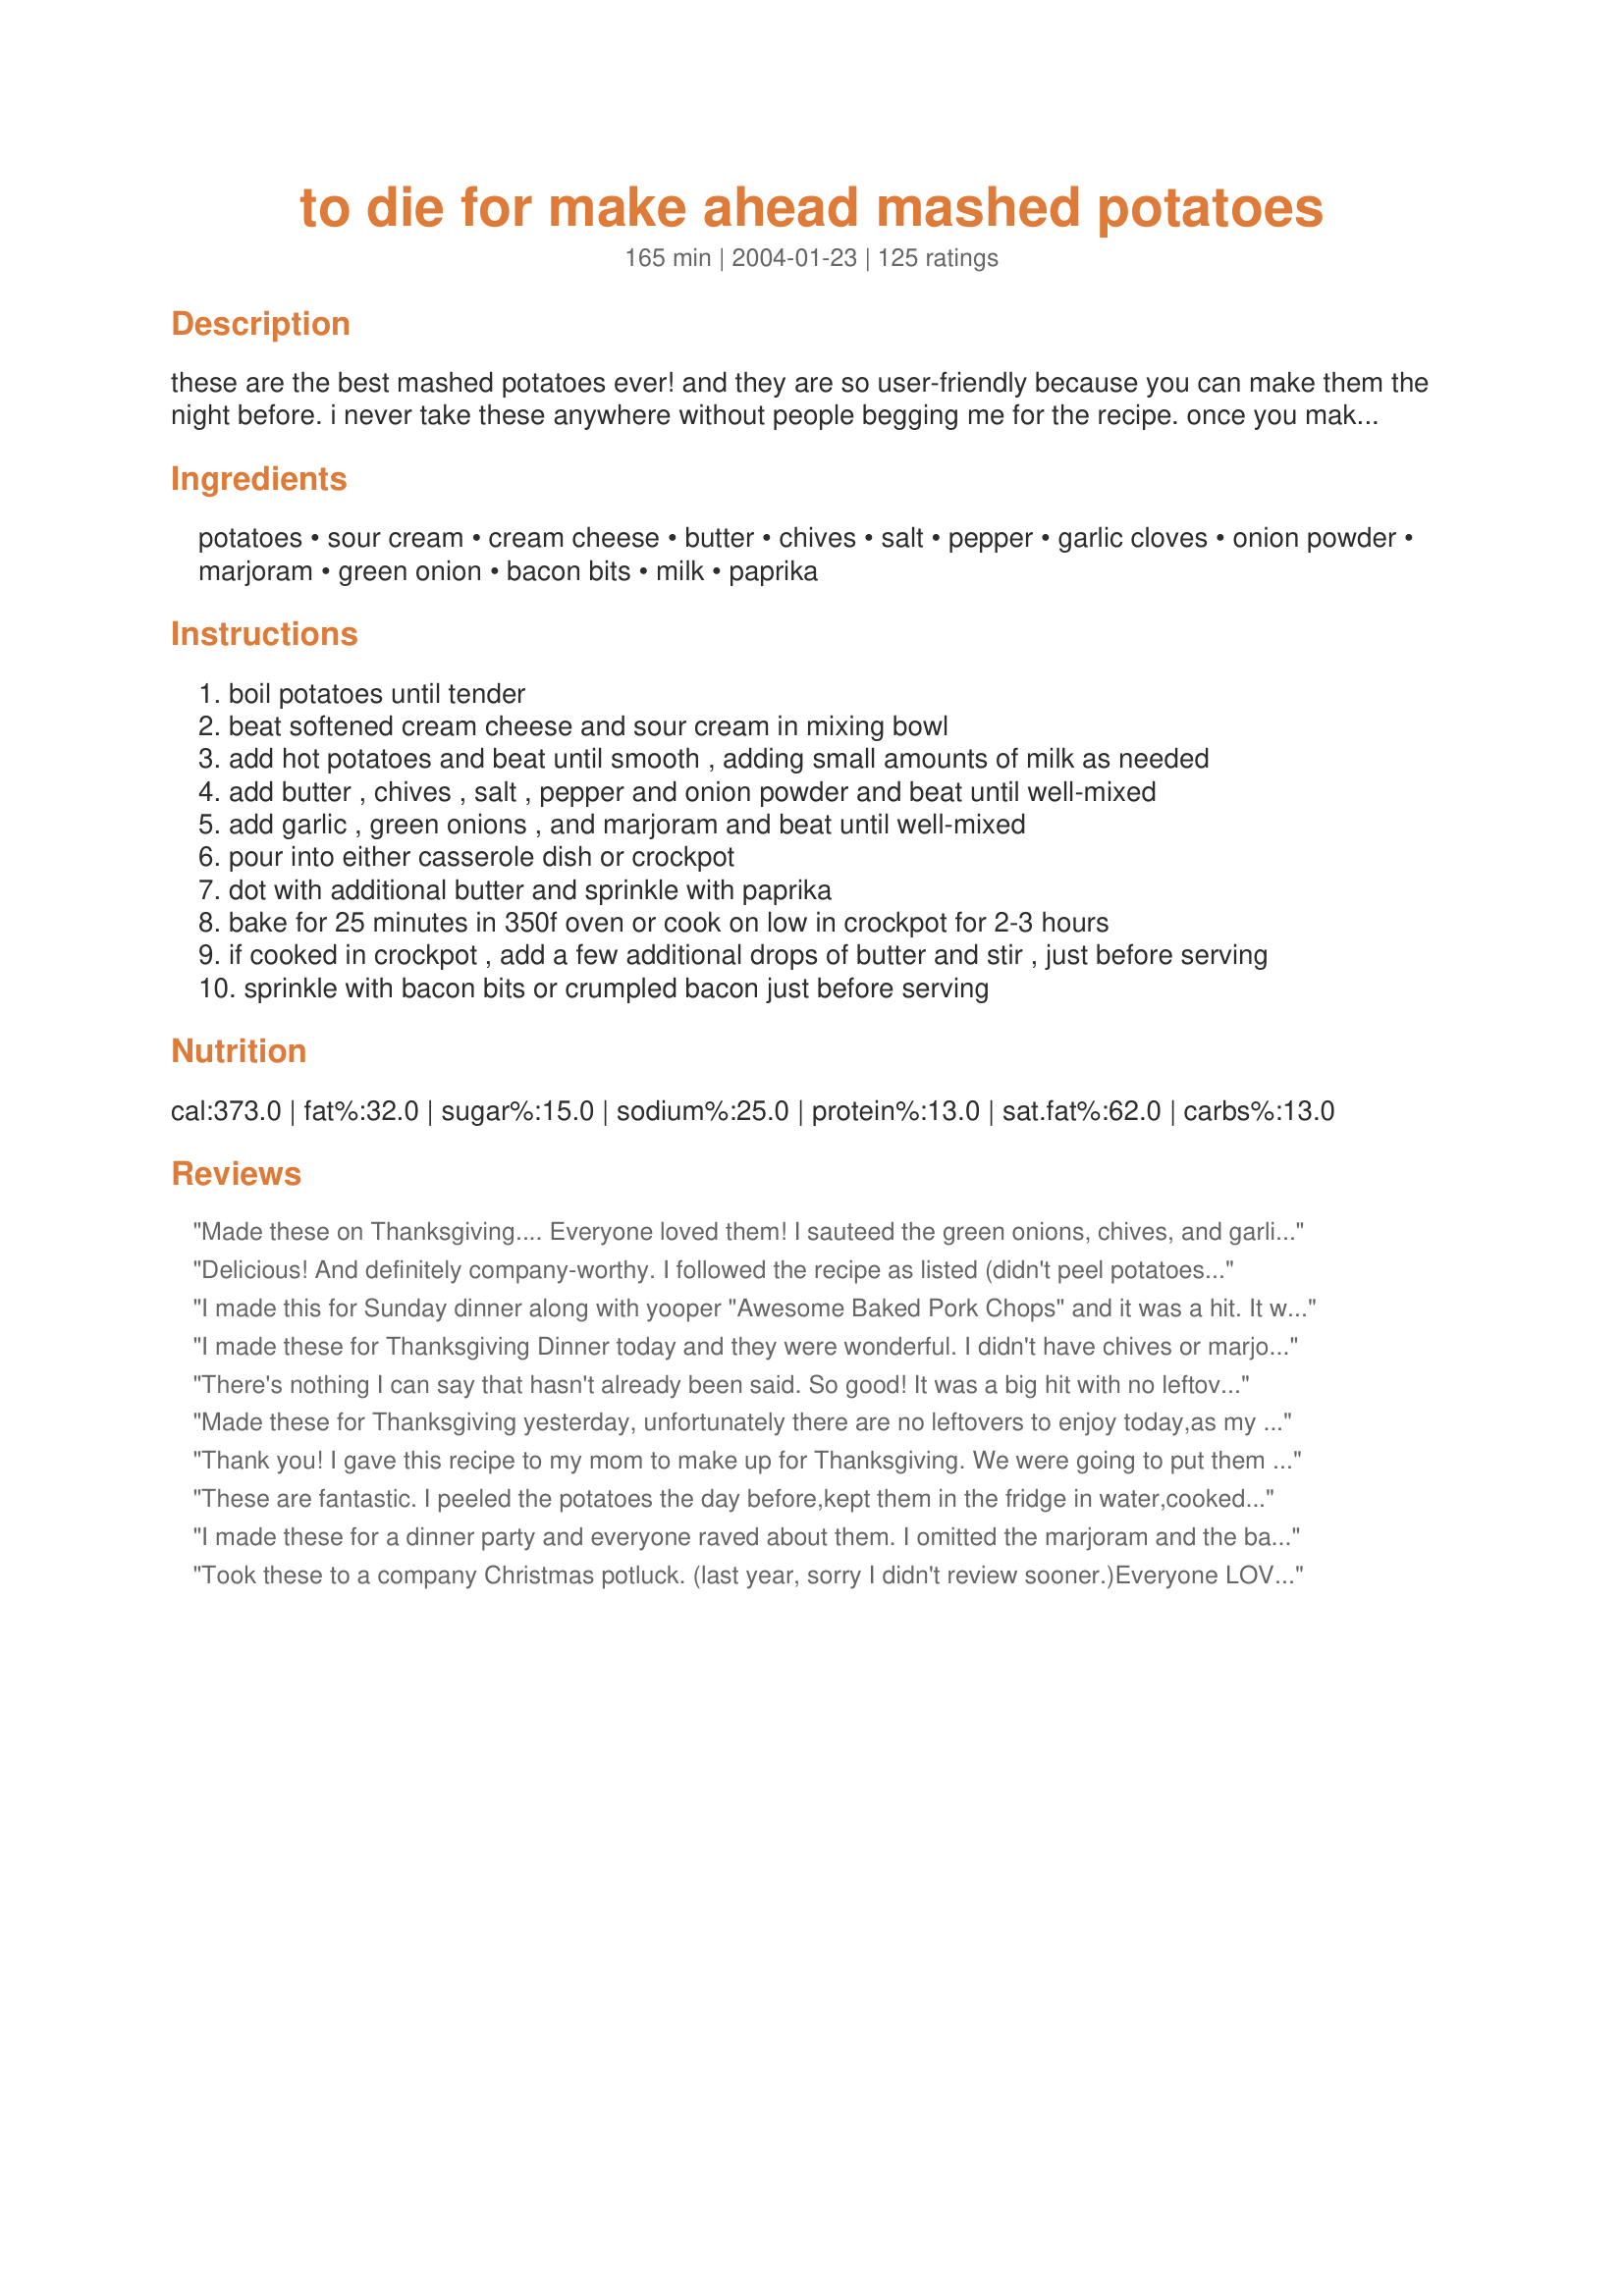
to die for make ahead mashed potatoes
Preparation time: 165 minutes

these are the best mashed potatoes ever! and they are so user-friendly because you can make them the night before. i never take these anywhere without people begging me for the recipe. once you make these, you will never want to make them any other way. also great in twice-baked potatoes. and, if you need really easy, buy pre-cooked mashed potatoes, add from these ingredients, stir, and re-heat in microwave. tastes almost as good as home-made! my favorite way to cook these are in the crockpot! edit: please note that i have always cooked these in the crockpot and have never baked them; i have gotten new feedback that they taste far better if cooked in the crockpot, so this is now my only recommendation for cooking source.

Ingredients:
potatoes, sour cream, cream cheese, butter, chives, salt, pepper, garlic cloves, onion powder, marjoram, green onion, bacon bits, milk, paprika

Steps:
boil potatoes until tender
beat softened cream cheese and sour cream in mixing bowl
add hot potatoes and beat until smooth , adding small amounts of milk as needed
add butter , chives , salt , pepper and onion powder and beat until well-mixed
add garlic , green onions , and marjoram and beat until well-mixed
pour into either casserole dish or crockpot
dot with additional butter and sprinkle with paprika
bake for 25 minutes in 350f oven or cook on low in crockpot for 2-3 hours
if cooked in crockpot , add a few additional drops of butter and stir , just before serving
sprinkle with bacon bits or crumpled bacon just before serving

Reviews:
Made these on Thanksgiving.... Everyone loved them! I sauteed the green onions, chives, and garlic in a little bit of olive oil before I put them in to the mixture. Will def make again!
Delicious! And definitely company-worthy. I followed the recipe as listed (didn't peel potatoes), minus the marjoram and bacon. They were a hit at Thanksgiving and so easy to make. I did have to add a few extra potatoes at the end because they were a little too creamy at first. I love that they can be made ahead and reheated in a crockpot. I'll be making them again in a few weeks for a potluck at work. Thanks for the recipe!
I made this for Sunday dinner along with yooper "Awesome Baked Pork Chops" and it was a hit. It was so creamy and good. Didn't add the bacon...but wasn't missing it. Thanks Helping Hands.
I made these for Thanksgiving Dinner today and they were wonderful. I didn't have chives or marjoram, and I didn't add the bacon, but followed the recipe exactly. It was so nice not to have the last minute rush of making mashed potatoes to deal with! Thank you for a great recipe.
There's nothing I can say that hasn't already been said. So good!
It was a big hit with no leftovers in sight.
Made these for Thanksgiving yesterday, unfortunately there are no leftovers to enjoy today,as my college kids asked for to go packages, and insisted on taking all of these amazing potatoes.Will definately make these for Xmas, but this time I will double the amount !!LOL
http://bestsmileys.com/lol/17.gif[/img]
Thank you! I gave this recipe to my mom to make up for Thanksgiving. We were going to put them in the oven the next day but ended up putting them in the crockpot. They worked out great. They were creamy and tasty. I think they were on low for about 4 hours and turned out fantastic! Thanks for a wonderful recipe.
These are fantastic. I peeled the potatoes the day before,kept them in the fridge in water,cooked them the following morning mixed them and then kept them in the crock pot,and turned on the crockpot a couple of hrs. before the meal to reheat a bit. I skipped the chives and the bacon. This recipe is placed in my Tried and true cookbook. Thank you so much for a wonderful recipe.
I made these for a dinner party and everyone raved about them. I omitted the marjoram and the bacon, otherwise made as written. I used red potatoes and didn't bother peeling them. I also used roasted garlic rather than raw. The crockpots worked well on low. Thanks for a nice make-ahead recipe!
Took these to a company Christmas potluck. (last year, sorry I didn't review sooner.)Everyone LOVED them. I left out the bacon and served them from the crockpot which I left on warm setting and they were perfect!Since then I have used Boursin soft cheese in place of the cream cheese and just as yummy that way. Thanks for a keeper...
WOW a 10!! We only used a 1/4 cup of the green onion and omitted the chive (our store didn't have them) and we didn't have time for the crock pot but were still perfect tasting. We made a double batch and the kids are begging for the leftovers. We will put this one in our family favorites.
Made these today for Thanksgiving dinner and everyone was asking for the recipe. Made a few modifications to the recipe which turned out in our favor. Omitted chives, green onions, marjoram, and onion powder since the 8 oz of chive cream cheese provided plenty of onion taste. We added another 4 tablespoons of butter to help soften the onion taste and it turned out perfectly. After making the mashed potatoes, we put them into the crock pot with liner and cooked at high for 2.5 hours and low for .5 hours. YUM.
I made this for Thanksgiving this year, it was a hit! Almost everyone (about 30 of us) chose these over the plain mashed. I made a couple changes... left out the bacon and halved the garlic. I fit 5lbs of potatoes in the crock pot and they kind of puffed up as they cooked. Really nice to have a dish that did not need to be prepared during the business of thanksgiving day.

Thanks!!
These are the best and so easy! The whole family loved them, and that's no easy task!!
Thank you, Thank you, Thank you! This is a life saver recipe. I had a holiday lunch at work this past Monday and since I live about 30 mins away from my office, I needed something that I could keep warm in a crockpot. I made these mashed potatoes the night before omitting the marjoram, bacon and paprika and put it the fridge. The next morning I took my crockpot to work and plugged it in. Right before serving I placed some butter on top, stirred it and added it to the buffet table. Everyone loved it! Thank you for making me look so good.
Absolutely delicious, thanks for sharing it. Like most cooks, I "fiddled" with it. Used half plain cream cheese and half garlic/herb, both fat free. I also added the salt while cooking the potatoes rather than after. I omitted the garlic, green onions and bacon. I added about 1/4 cup hot milk and another knob of butter before stirring and serving. Still got a thumbs up from the whole family. I also used one of those crock pot liners to make an even easier clean up. My other make ahead potato recipes have now been discarded. This is a keeper.
These are delicious but I changed the recipe slightly. I sliced the top off of a head of garlic and drizzled it with olive oil and roasted in the oven then added that to the potatoes instead of raw minced garlic. Yum.
These potatoes tasted very good. The slow cooker did a nice job of keeping the potatoes hot but it seemed to me that they also dried out a little too much. Next time I will add more milk to the mixture. I used a ricer to mash the potatoes.
Oh these were yummy. I made these for a dinner party as I wanted dishes I could prepare ahead of time. I couldn't leave these alone as they were cooking. My mom even asked what I put in them. I would only make these for special occasions since it involves a fat, but oh what a treat.
So easy to put together, and so delicious! I cooked the potatoes, mixed everything together, stuck it in the fridge, and put it in my crockpot the next day. Everyone raved! I'll definitely be making these again, but want to try that pinch of marjoram next time. Thanks for posting, Helping Hands!
Do these need gravy?
I make these at least twice a year, the only thing I do different is instead of cream cheese I add Boursin cheese. Makes wonderful leftovers....... we like to fry them up into potato cakes.
Very good! Nice and creamy!!
Tripled the recipe & took them to work's Thanksgiving dinner. They were an unabashed success. Made the night before. Crockpot on high all morning to warm up these almost 10 pounds of potatoes plus all the other good stuff. Passed out several copies of the recipe.
These are fabulous! I used Yukon gold potatoes so I didn't have to peel them and the skins blended in. Then just tossed in the crockpot until ready to serve. This was so easy and I've gotten so may rave reviews- Thanks!
I made this for the family for christmas eve dinner and everybody loved them. I was looking forward to the leftovers but ended up being disappointed when the bowl became empty. I will definetly make this again.
This really is a TDF recipe. I made this for Rosh Hashanah last night and it went over big with everyone. I omitted the bacon. I didn't have any marjoram on hand and didn't want to purchase any for one recipe. Seeing as to how a pinch of it is optional I didn't think it would make a difference. Thanks for sharing.
Very easy to prepare with wonderful results! I halved the recipe and omitted the garlic (personal preference). I will remember to use this recipe for make ahead dishes when having company! Thank you, Helping Hands : )
I can't believe anyone would give this less than 5 stars. As far as we're concerned, it deserves 10 stars!! This recipe is fantastic - we make just as directed and wouldn't change a thing. Thanks, Helping Hands, for such a wonderful recipe!!
Delicious & easy!!!! A perfect make-ahead dish that wasn't dried out at all!!! Loved it!
I made these when entertaining for Thanksgiving and wanted something I didnt have to deal with the morning of cooking. Aside from being a great make ahead dish, these potatoes are ridiculously good.
I made these during the holidays and again for a work potluck this week. They truly are "to die for" ! Thanks for sharing!
I made these potatoes this past weekend for Thanksgiving. While the "make ahead" method with the crock pot drew me to this recipe, we weren't crazy about them. They tasted too much like cream cheese and sour cream. While they were very creamy, our tastes prefer the traditional butter and milk method. I will try this method again with traditional mashed potatoes. I love the fact that you free up space in your oven by using your crockpot!
These are the best mashed potatoes I have ever made.. not really any good at homemade but this was awsome. Everyone loved them at thanksgiving. A definite recipie I would use again.
These were very good but seemed to need more umph. I added more salt & pepper as well as additional garlic otherwise they just tasted like really creamy herbed potatoes.

I love that they were made in the crockpot, though. Super easy and didn't take up my time on the stove at the crucial part of dinner.
This recipe was taken to a work pot-luck and everyone raved about it! It was so simple and tasty. We served it with bacon bits and shredded cheddar on the side.
I made this recipe for dinner Friday night, and all I can say is &quot;Awesome&quot;! I didn&#039;t change a thing, other than I used my compound butter (which has garlic, chive &amp; scallion in it). I did not use the optional marjorum (I don&#039;t keep that in my cupboard). I love the tang from the sour cream and cream cheese. I served these with a meatloaf and also Recipe #415550, and it made a truely delightful meal. I will be making these again. Thank you for posting this recipe. (Made for Name That Ingredient tag)
Tried it out for Thanksgiving and it was such a hit, my family BEGGED me to make it again for Christmas. Best mashed potatoes ever!!
My 11 year old loves these! He requests them often and even offers for me to make them for family get togethers, potlucks, etc. :0) haha
Every time I make these people fight for any leftovers to take home. Mostly, there are no leftovers. For that occasion when taste, not calories count.
While I love the "make ahead" part and I love love love to use my crock pot, I thought these were just ok. I dont think that I will make again. Too sour creamy or cream cheesy. Something a little off with the taste. I guess I like traditional potatoes.
These are the most AMAZING tasting mashed potatoes and perfect to make when having company over. I made these (along with my hubby :) ) in the morning around 10am and put them in the crock pot on the warm setting all day. They formed a nice crust on top, but underneath they were nice and moist. Just before serving around 8pm, I put a dab of butter on top, stirred them, and whola! I actually put them in a serving bowl w/ a lid, and they stayed on the table for about 15 minutes before eating them, and they were still piping hot. Everyone was in awe!
These are good and I loved the make ahead and serve in the crockpot idea, however I think I am still looking for my perfect make ahead mashed 'taters recipe. I think I prefer a more buttery type of mashed potato. If you do decide to use your crockpot make sure you are familiar with how long it will take to heat them through. I made mine on the stove, stuck them in the crockpot overnight and reheated them on Turkey Day. They were not warm all the way through -- not a good thing to discover when you sit down to eat.
These are fantastic. Made them for Thanksgiving,the night before and put them in the crockpot. Huge hit w/everyone.
FANTASTIC!!I made these taters for New Years dinner and everybody loved them. I made one alteration. I used regular cream cheese and added a little more fresh chives and onions. They were so rich someone asked me if it was a dip!
My family loves mashed potatoes! One could say they are connoisseurs as they are very picky on the type and "add-ins" for the potatoes. I was a little nervous trying this but because I was going to be under a time crunch for preparation, I decided to give it a whirl. First off, I didn't tell anyone I was doing anything different to see if I could get a reaction. I didn't want to taint their views by knowing they are trying a new recipe. I just put it out there just like every year. They were delicious!! Making them in the crock pot is brilliant as these are always the last thing I prepare for any meal. Using the crock pot enables me to prepare them ahead of time and then not take time away from the guests/family right before meal time. I prepared them the night before exactly as written in the recipe. The next morning, I plugged in the crock pot. I was afraid they might be dry so I added a thin layer of chicken broth (about 1/2 inch) on top. As the potatoes warmed, I stirred in the broth. I would caution those who aren't onion/chive fans. This has a strong onion flavor. If you rather not have the onion, just use plain cream cheese.<br/><br/>This is our new staple for mashed potatoes. I must admit that I am not crazy with the added calories but the taste is outstanding! Thanks for sharing!
5 stars if only for saving me last minute mashing this Xmas. I had a lot kids coming to dinner, most of whom don't like 'bits' in their potatos, so I didn't use any 'visible' ingredients. Still turned out great and actually seemed to fluff up in the crocker. Thx.
this was delicious, i was a little nervous making the mashed potatoes a day in advance, but was glad i did as these were wonderful. and it was one less thing to worry about on thansgiving. thanks
I needed a basic but delicious mashed potato recipe and chose this but simplified it - I followed the instructions using just the potatoes, cream cheese, butter, and sour cream. Rave reviews! Thanks!
So good. made it for a pot luck at work and everyone went crazy for it. People were really upset when it ran out way before everything else.
These are the best ever- and soooo easy! I made five pounds of them and there is not a single spoonful left. They are so rich and creamy it is unreal! Thanks for posting!
When I first printed and tried this recipe it called for chive and onion cream cheese instead of regular cream cheese so that is what my review is based on. And these potatoes are fabulous! I make these any time I am asked to bring a potato dish to a potluck and people always rave about it. I make enough to fill a 6 qt crockpot with some left over, and usually use about 10 pounds of potatoes.
These are the best mashed potatoes ever! I think I said "these are so good" about 10 times while I was eating them.
I needed a recipe that I could throw together quickly so I used frozen mashed potatoes. Cooked them in the microwave and then followed the rest of the directions. Then put them in a crock-pot on low for 2-3 hours. I took it to a family gathering. Everyone loved it! Nothing was left after the meal and I was asked for the recipe several times. I will certainly being making these again.
I didn&#039;t add any milk and they were a little thinner than we usually like our mashed potatoes. But the flavor made up for it! We used light sour cream and reduced fat cream cheese and it didn&#039;t take away from it at all. I had green onions to use up so I am sure I had close to a cup, next time I will stick with have a cup as it was almost too much. I say almost because no one else mentioned it as they gobbled up second (or third!!) helpings!
These were great and easy, not much more to say than that. I got props from the guests. I felt they could have used a little less sour cream or cream cheese, all the flavoring slightly overwhelmed the potatoes. But the cream ingredients probably also keep them moist during reheating. I will make these again.
What a great make ahead recipe! No more Extra work on busy holidays making potatoes. I can do them a day ahead. Tx for the recipe!
These are the best mashed potatoes ever. I was sceptical about crock pot mashed taters but you proved me wrong.
Wonderful potatoes and a sanity saver :) New Years just over and I'm off on vacation in a couple of days. My BH will be at home and came up with a list of things he'd like me to leave him. Yep, the guilt got to me...he will be here freezing and managing the dogs as well as his job while I'm parked on a beach :D So... he requested among other things Shepherds pie, Meatloaf, stuffed potatoes and extra mashed 'just in case'. I've made your recipe - tastes wonderful right out of the pot and have topped two small Shepherds pies, used it to fill stuffed potatoes and have frozen individual portions for him. Thank you! It's a winner.
More than a year later and I needed to add that I am asked to make these for almost every family get together. A classic!
I found these potatoes to be just as time consuming as most, if not more! I also was not a fan of the overwhelming onion taste. I'm a huge onion fan and yet this recipe just didn't do it for me...or anyone else in my house for that matter. Will not be doing these potatoes again for any reason!
Very convenient for that busy day. Thank you for a great idea and recipe....Stephanie
These are wonderful mashed potatoes...I made these with my Parmesean Pork Tenderloin recipe that I will have to take the time to put on recipezaar..thanks for a wonderful potato side dish recipe.
My husband really liked these potatoes but I found them to be sour tasting. I am thinking that cutting back on the amount of sour cream and cream cheese would help the next time around.
Outstanding!!!! I had diehard traditional people for Thanksgiving and even they liked these potatoes. They are just filled with yummy goodness and so convenient to make. I didn't make them in a crockpot, but next time I will. I have to say, I did add extra butter and chives. Thanks for the great recipe.
These were wonderful & a big hit. I will definitely make these again when making a big dinner for family. Thanks for sharing. Katherine in Alberta
These were great mash potatoes. The green onion really gave a special touch. Thanks for posting this recipe.
These were delicious mashed taters I really liked them. This is what I did when I made them:
I doubled the recipe and used 1 chive & onion cream cheese & 1 reg cream cheese (it's what I had.) I didn't add chives (forgot to buy them.) And I accidentally put in garlic powder in addition to onion powder, so I did not add the garlic cloves. I didn't add the sliced green onion either because I forgot. Despite all these changes- it tasted great. Half went into the crockpot and was ate with dinner. I put the other half into a bag in the freezer for easy taters another meal.
Thouht they would be similiar to so many other but oh I was wrong. I only had plain cream cheese, used dried chives, and did not add the bacon this time but it was really good. Did not need to add any milk. Was really creamy and the leftovers even better. Thanks!
I don't have a crock pot, but I really wanted to try this and made them in the oven instead - no problems, still very very delicious! I also used Boursin brand garlic/herb cheese (the little rounds of cream cheese from France) which was AMAZING!
The best mashed potatoes
ever!I put the turkey in the oven and made the potatoes,no last minute rush for potatoes.I used the leftovers in the turkey soup I made. The soup was great like cream of turkey only better! Thanks
Made these the day before Christmas as I never have enough room in my oven. They were great.Added a little more milk to the leftovers the next day. Family asked if there were anymore after they were all gone. Have given this recipe to 2 friends that have both have made good comments. This is a very convenient recipe! Will be using it for large gatherings again. Thanks Helping Hand.
These truly are to die for and I'm never looking for another mashed potatoes recipe again!
This was very good. I made it according to the recipe except for omitting the green onions because I just didn't feel like cutting them. I'll put them in next time though, because I know they would put this recipe over the top! I baked it in the oven and would've like it to bake longer than the recommended 25 minutes to 'dry out' and brown a little bit more. I'm going to do this in the crock pot next time to see how wonderful it is that way. Thanks for a wonderful recipe.
I wasn't very fond of this recipe. It was somewhat tasteless and thick.

I have a similar recipe but hate to admit these taste better. I love the garlicky overtones and creamy consistency. The added bacon is a very pretty and tasty topping. The only change I made was to replace both the salt/onion powder with just a bit of onion salt. Thanks for sharing this time-saving crockpot recipe.
These are really tasty. But, I have to say a little too rich for us. We thought it was almost like a potato cheesecake. Both DH and I want to make them again but use about 1/4 of the cream cheese and add some milk. Loved the other mix-ins and the ease of the recipe. Thanks for sharing the recipe.
Sister made this for one of our family "After Christmas" meals. OMG!!! Absolutely delicious! Paired it with beef tenderloin with a red wine reduction sauce (grilled and made by my wonderful son!)and spicy, marinated shrimp (made by my wonderful DIL and grilled by same wonderful son). This was an awesome accompaniment! Wouldn't change a thing! The whole dish was devoured! Will definitely make it for myself, soon! Thanks, Helping Hands!
I made these for 30 people today for Thanksgiving - and they were GREAT!!! There were other mashed potatoes on the table - that had plenty of left overs b/c these were so appealing to look at and eat!
I followed the recipe exactly - using red potatoes. I made them the night before and baked them in the oven the next morning.
This will definantly remain my recipe for potatoes!
This was good and tasted like eating a sour cream and chives baked potato. Thanks!
I scaled this back for 4 serves and thought I would have enough for 6 but it was so delicious that we ate up the lot. I did have an oops moment in that I mixed the bacon into the mashed potatoes instead of saving to sprinkle on when serving, also I omitted the onion powder due to dietary needs and I had no chives to put in otherwise made as per recipe. Thank you Helping Hands, made for Name that Ingredient tag game.
Just made these for the second time for a family get-together after receiving a phone call asking me to bring &quot;those awesome potatoes&quot;. The first time making them, someone had only supplied me with the list of ingredients, so I just mixed everything up in a bowl and stored them in the refrig till ready to serve. Then we just nuked them till hot and served. They were wonderful! &lt;br/&gt;So then then next time I made them, I followed the full instructions of baking them for 25 minutes before serving. To be honest, I&#039;m not sure there was any difference between the baked ones and the nuked ones. Regardless, they are so tasty, we completely cleaned the baking dish in one sitting. I did think the onion taste was stronger than needed, so I&#039;ll only use the 1/2 cup green onions next time instead of the full 1 cup. And I used plain Greek yogurt in place of sour cream and we couldn&#039;t really tell any difference. Thanks for sharing this keeper!!!
Made this 2 years in a row now for Thanksgiving and it was a hit! I did cut back on the chives and made in the crock pot. Very yummy and taste even better leftover!
The best I've ever had!
OMG, these are some good mashed potatoes! I made these the day before, refrigerated them overnight, threw them in the crockpot the next day about for about three hours before dinner (did add a little more milk towards the end) and they were perfect! I did omit the marjoram and bacon. Iâ€™ll never make any other mash potato recipe!
Thanks for the recipe and the advice on making them ahead. I recently doubled the recipe and made a huge batch of them for a casual dinner party. Reheating was easy in the oven and they were still moist and tasty. I think I'd skip the chive and onion cream cheese next time and just stick to the fresh chives and maybe plain cream cheese. Made as directed but skipped the bacon. Thanks, enjoyed the leftovers again today!
Made this in the crockpot for a party and everyone raved about how yummy they were. Thx for a good recipe.
excellent
Won-der-ful!One word...that's it.Thanks for sharing.
"To Die For" is so true. All six of us really enjoyed these potatoes. I did not have time for the crockpot method, so these went in the oven. I used real bacon pieces and omitted the marjoram. Well worth the effort. Thanks!
These are to die for! I've made them several times and always have rave reviews and requests for the recipe. It's Red, White & Green for Christmas! I double the recipe. I boil whole red potatoes (2- 3lb. bags) in a stock pot and then drain them and mash them right in the pot with the skins still on. Then I mash the other ingredients into them. I add extra garlic, chives, marjoram, green onions & bacon bits (hormel real crumbled picnic bacon). I add some cream along with the milk and more sour cream until it's extra creamy. I put it into a removable crock from my crock pot and refrigerate it until 1-2 hours before the event. Then I bake it at 350 until heated through. I bring it to the event, put it into the crockpot set on low, dot it with butter and paprika & Wowee, it all disappears! Yummy! Thank you for this recipe.
When my husband told me no more cheesy potatoes for Easter dinner, I went on-line and found this receipe and #293064 (Sweet Potato Caserole.) Both receipes were easy to make and everyone loved them. However, this mashed potato receipe was the first to go! I should have made more. It will be added to our collection of family favorite receipes. Thanks!
I made these yesterday for Christmas dinner. We had a house full of guests, so I looked for recipes that I could make ahead of time. These were very tasty, and they were a pretty presentation, too. The paprika, crumpled bacon, and green onions on top looked great. Will definitely make again. Next time I might make more, too, as there weren't any leftovers! Thank you for posting./ Barb
This is a great recipe. I made them Thaksgivings eve and refrigerated them. A couple of hours before dinner, I put the crockpot on low, added some milk and butter. I stirred a couple of times before we ate and they were great.
So good! I made this mashed potatoes the night before. Before serving, I dot it with butter and then microwaved it for 1 minute. It was delicious!
Sorry guys, the texture was gross. I have to agree with some of the other low star reviews. These came out very paste like. The taste was conflicting. Meaning, the cream cheese and sour cream did not enhance the flavor of the potatoes, it overwhelmed it.
These were alright - I tasted a bit too much onion. And although I love onions, it was overbearing. If I make these again, I'll probably omit the onion powder.
These ARE the best mashed potatoes ever!! We made with our Thanksgiving dinner...preped earlier then put in the crockpot...thanks!
This makes a lot of mashed potatoes! Served them for a family dinner and we didn't have any leftovers! Although it was a bit too salty for my taste.
Easy and wonderful recipe! I am making them again for Thanksgiving this week! Thanks!
So - Potatoes, cream cheese, butter, sour cream, chives, green onions and a bit of other things?! What is not to like? These were, of course, yummy. Convenient to be made ahead and brought to a party and reheated (microwave....) They were even good being made into potato patties in the skillet the next day....
These were so good I can't wait for an excuse to make them again.
Best mashed potatoes I've ever had!
I made these for Thanksgiving and was giving the great compliment of "these are the best mashed potatoes I have ever had". AMAZING. I loved the fact that I could make them the night before, then just put them in the crockpot on Thanksgiving day. I only have a single stove and this was a great way to use what I had in the kitchen. BEST MASHED POTATOES IN THE WORLD!!
Ooooh, wow! Sour Cream &Onion flavored mash! I say YESSS, we loved them! I did not put the mash in oven, but prepared just before meal.
Absolutely fabulous!! Will for sure make again for family gatherings!!
Brilliant recipe - very tasty and creamy. Best part was being able to make earlier in the day along with the turkey stuffing and then letting them stay piping hot in the slow cooker until Christmas dinner was ready to be served. Added a bit of butter just before serving - still smooth and creamy even after hours on warm in the slow cooker. Made my day in the kitchen so much easier - thank you!
Perfect potatoes. I did add more sour cream and more cream cheese to ensure a creamier mashed potatoes. We skipped the bacon bits. I peeled the potatoes the night before and cooked them in the morning and used the crockpot on low to cook. Really easy. Good addition to any holiday meal.
Well, I can see why everone loves these potatoes. I made them for Thanksgiving, and they were a big hit with everyone. &quot;Best mashed potatoes I&#039;ve ever had.&quot;
This is my go to mashed potato recipe from now on.
Thanks,
Connie
Love these mashed Potatoes :). The sour cream and chives cream cheese along with the green onions and garlic is such a nice change from regular "plain" mashed Potatoes. We skipped the bacon. Thanks for posting.
This is the first time I have made my mashed potatoes in the crock pot. They turned out very well. I even “boiled” them over night in the crock pot. It worked beautifully. These potatoes were very good. I will probably begin experimenting with the mix-ins until I come up with what my family prefers.
I think I would leave off the bacon bits next time, but this is a keeper! YUM!!!
Do you need to bake it even if you are using it the next day, or just re fridge and bake when ready to use?
I made these for a potluck at work and they were a hit! I omitted the green onions, marjoram, bacon bits, and paprika..
This was wonderful when fresh made, but we tried to do the "make ahead" part and when reheated it came out dry and hard. Don't know if I did something wrong in the reheating - which is possible; but next time would make it just before serving and we'll enjoy it much more.
Awesome potatoes and freed up our oven for the prime rib!! I did 1/2 c of green onion as mine were quite strong. I also crumbled 5 pieces of bacon in with the potatoes and made recipe #60795 for the chive and onion cream cheese. Wonderful!! Thanks, Helping Hands!!
These are absolutely the best mashed potatoes I have ever eaten. I would give 6 stars if I could and I never say that. My picky sister in law and daughter said they were "perfect. So easy too all ready in the slow cooker. This is truly the best kept secret. All the great reviews are bang on. Don't miss this recipe
ps tried to make regular mash a few months later as I did not have the ingredients. My son ran to the store to buy them!!
These were really good! They were a perfect dish for our Thanksgiving.
Made these for Thanksgiving as an experiment for a work potluck next month, only omitting bacon (purposely) & green onions (forgot). WONDERFUL! I was afraid 3-1/2 hrs in a low slowcooker might burn them, so I did stir every hour or so, but they came out perfect. Thank you!
very easy, I only boiled the potatoes for 12 minutes so that when you warn them up they will not be over cooked! I put the ppotatoes in a tiny crock pot for the day and I will see how they turn out, follewed as written!
These are really good. So easy to do in advance and then when ready just heat in the oven. I made half the recipe for the 3 of us and we had leftovers. Thanks Helping Hands :) Made for Name that ingredient tag game
Not much I can add either, except to say these were to die for. I made them first and refrigerated them and then put them in the crockpot 3 hours before dinner. Very convenient. I left out the chives (didn't have any) and next time I would leave the bacon on the side for those who wanted to sprinkle it in. I found out afterwards that one of my guests didn't like bacon. Live and learn. Thanks for sharing.
These were some of the best I've ever had! I omitted the extra chives, green onions, and bacon bits, and they were sooo good. My hub isn't a huge garlic fan so next time I may halve the garlic, but I love garlic and thought it was just right!
Update: I made it with the chives and it was excellent! I would halve the green onions, though, if using the chives.
For your LARGE crockpot, use a 10lb bag of red potatoes (unpeeled), and double the rest of the ingredients. Mix in a BIG bowl, then dump into the crockpot. I trashed it up with about a cup of chopped, roasted garlic—FANTASTIC!
I doubled this to satisfy a family of six, knowing I would have leftovers for another meal. Well forget that, they even raced to the kitchen for seconds! We will obviously be making this again real soon!
I make these every year for Thanksgiving dinner and pot-lucks however since my family is very health conscious I tweak the recipe a bit. I use 5 lbs of red potatos peeled and 2 or 3 sweet potatos peeled, I add low-fat cream cheese, low fat sour cream and butter. For pot-lucks I have green onions, chives, garlic and bacon bits on the side for toppers since everyone&#039;s tastes are different. It&#039;s always a big hit, everyone loves them. These are the only potatos my son will eat. Love being able to keep them warm in the crock-pot.
